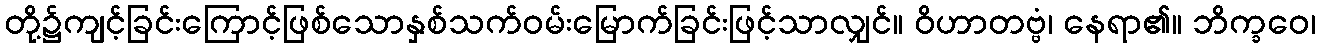
တို့၌ကျင့်ခြင်းကြောင့်ဖြစ်သောနှစ်သက်ဝမ်းမြောက်ခြင်းဖြင့်သာလျှင်။ ဝိဟာတဗ္ဗံ၊ နေရာ၏။ ဘိက္ခဝေ၊